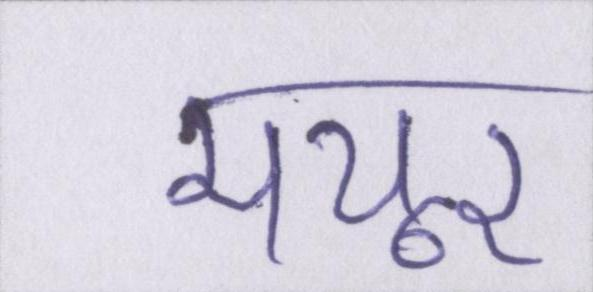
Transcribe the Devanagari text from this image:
मयूर